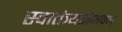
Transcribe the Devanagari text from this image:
स्वातंत्र्यसंभवम्